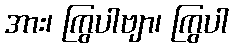
အား၊ ကြွပါဗျာ၊ ကြွပါ